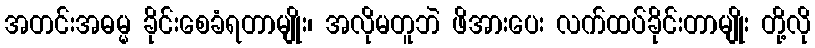
အတင်းအဓမ္မ ခိုင်းစေခံရတာမျိုး၊ အလိုမတူဘဲ ဖိအားပေး လက်ထပ်ခိုင်းတာမျိုး တို့လို